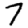
Digit: 7